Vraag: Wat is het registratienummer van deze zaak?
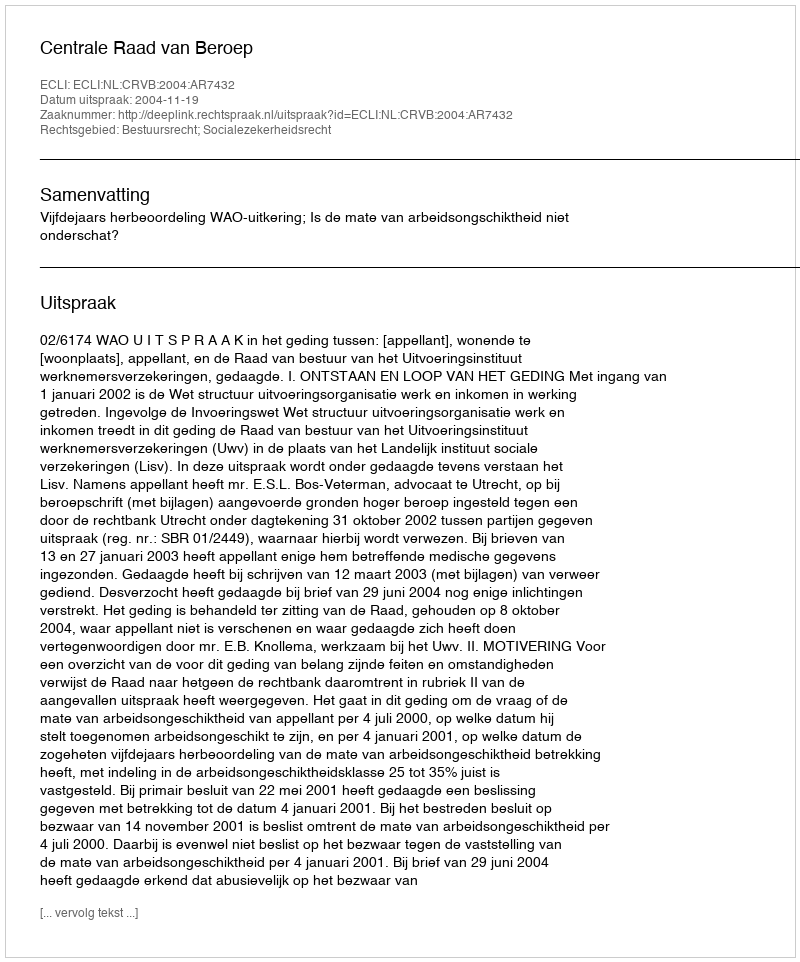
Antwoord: http://deeplink.rechtspraak.nl/uitspraak?id=ECLI:NL:CRVB:2004:AR7432